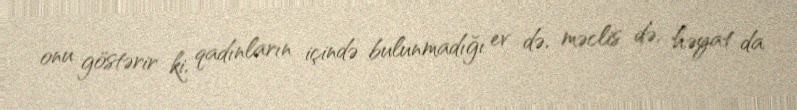
onu göstərir ki, qadınların içində bulunmadığı ev də, məclis də, həyat da